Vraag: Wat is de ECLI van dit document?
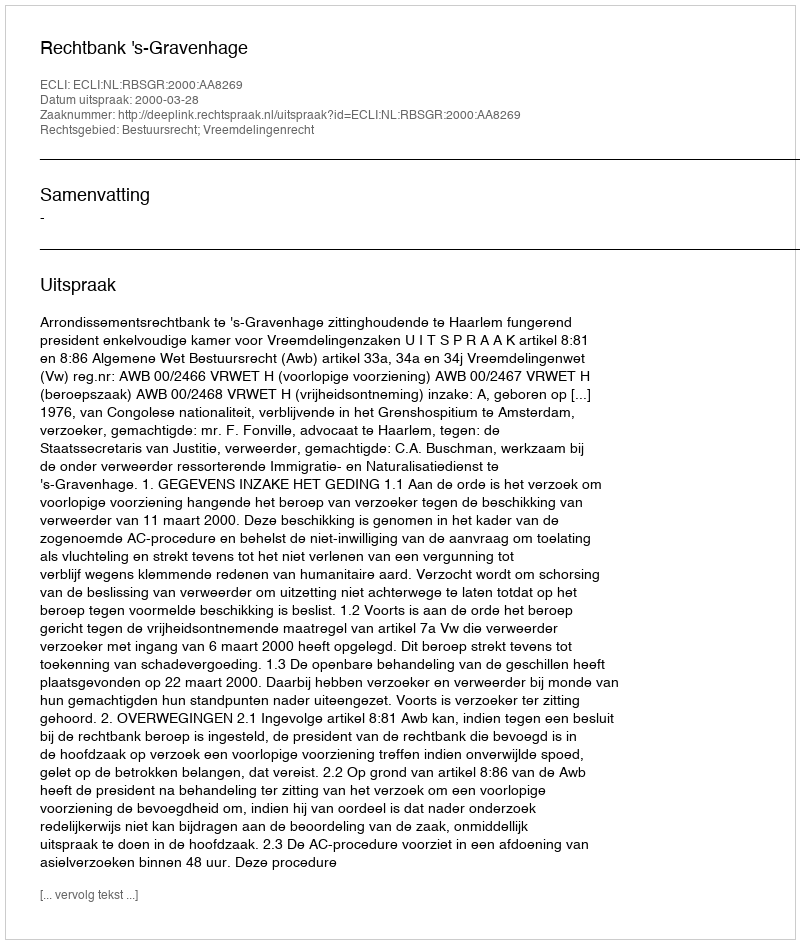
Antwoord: ECLI:NL:RBSGR:2000:AA8269